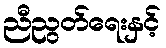
ညီညွတ်ရေးနှင့်